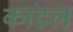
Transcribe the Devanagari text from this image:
कांडल